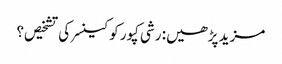
مزید پڑھیں: رشی کپور کو کینسر کی تشخیص؟